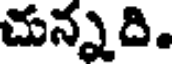
చున్నది.